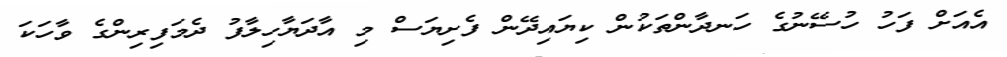
އެއަށް ފަހު ހުސޭނުގެ ހަނދާންތަކުން ކިޔައިދޭން ފެށިޔަސް މި އާދަޔާހިލާފު ދެމަފިރިންގެ ވާހަކަ